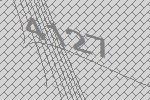
4127